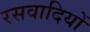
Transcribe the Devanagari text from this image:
रसवादियों